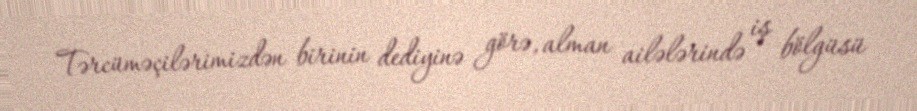
Tərcüməçilərimizdən birinin dediyinə görə, alman ailələrində iş bölgüsü